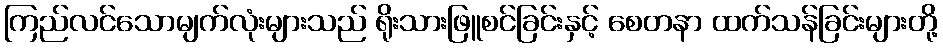
ကြည်လင်သောမျက်လုံးများသည် ရိုးသားဖြူစင်ခြင်းနှင့် စေတနာ ထက်သန်ခြင်းများတို့